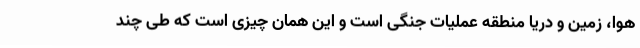
هوا، زمین و دریا منطقه عملیات جنگی است و این همان چیزی است که طی چند